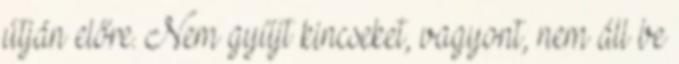
útján előre. Nem gyűjt kincseket, vagyont, nem áll be